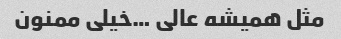
مثل همیشه عالی …خیلی ممنون